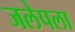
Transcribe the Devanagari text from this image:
जलेपला